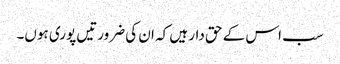
سب اس کے حق دار ہیں کہ ان کی ضرورتیں پوری ہوں۔